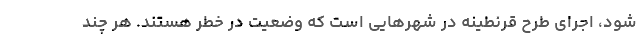
شود، اجرای طرح قرنطینه در شهرهایی است که وضعیت در خطر هستند. هر چند